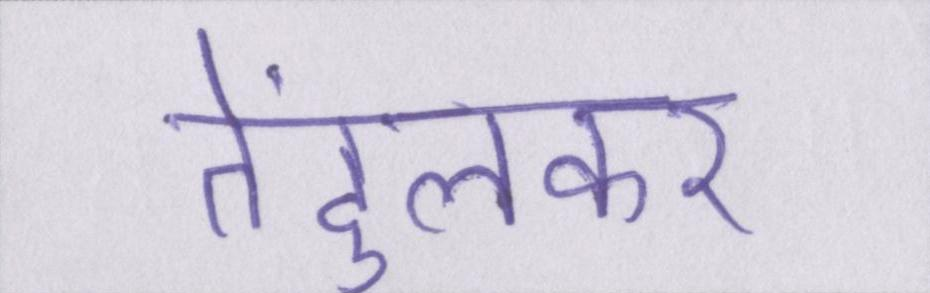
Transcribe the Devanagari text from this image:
तेंदुलकर